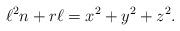
LaTeX: \begin{align*}\ell ^2n+r\ell = x^2+y^2+z^2.\end{align*}